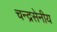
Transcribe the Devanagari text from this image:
चन्द्रसेनीय